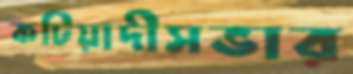
কটিয়াদীসভার